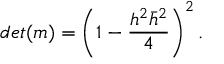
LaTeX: d e t ( m ) = \left( 1 - { \frac { h ^ { 2 } \bar { h } ^ { 2 } } { 4 } } \right) ^ { 2 } .